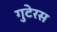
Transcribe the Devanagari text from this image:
गुटेरस